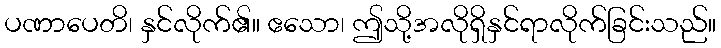
ပဏာပေတိ၊ နှင်လိုက်၏။ ဧသော၊ ဤသို့အလိုရှိနှင်ရာလိုက်ခြင်းသည်။